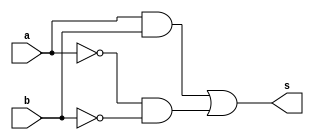
// -------------------------
// Exercicio007 - xnor
// Nome: Guilherme Diniz de Assumpcao
// -------------------------

module xnorgate (output s, input a, input b);
assign s = ((a)&(b)) | (~(a)&~(b));
endmodule

module testeXnor;

wire s;
reg a, b;

xnorgate XNO1 (s,a,b);

initial begin:start

a=0;
b=0;

end

initial begin:main
$display("Exercicio 007 - Guilherme Diniz de Assumpcao - 462269 ");
$display("Test xnor:");
$monitor("%d\t%b xnor %b = %b", $time, a, b, s);
#1 a = 0;b=1;
#1 a=1; b=0;
#2 a = 1;b=1;
end
endmodule